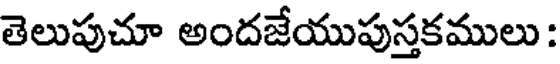
తెలుపుచూ అందజేయుపుస్తకములు :